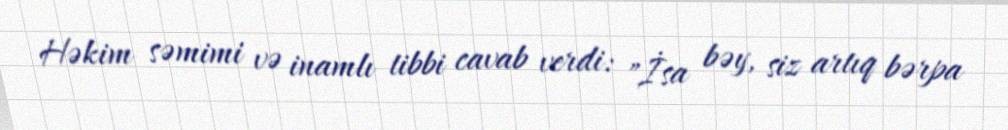
Həkim səmimi və inamlı tibbi cavab verdi: "İsa bəy, siz artıq bərpa